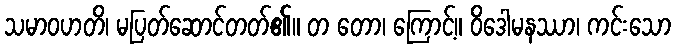
သမာဝဟတိ၊ မပြတ်ဆောင်တတ်၏။ တ တော၊ ကြောင့်။ ဝိဒေါမနဿာ၊ ကင်းသော